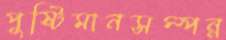
পুষ্টিমানসম্পন্ন